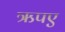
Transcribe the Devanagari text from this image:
ऋपए